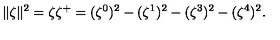
\| \zeta \| ^ { 2 } = \zeta { \zeta } ^ { + } = ( \zeta ^ { 0 } ) ^ { 2 } - ( \zeta ^ { 1 } ) ^ { 2 } - ( \zeta ^ { 3 } ) ^ { 2 } - ( \zeta ^ { 4 } ) ^ { 2 } .